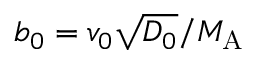
b _ { 0 } = v _ { 0 } \sqrt { D _ { 0 } } / { M _ { \mathrm { A } } }